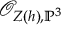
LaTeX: { \mathcal { O } } _ { Z ( h ) , \mathbb { P } ^ { 3 } }